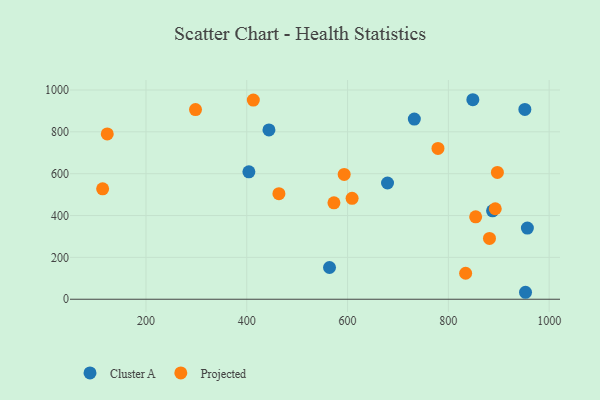
{"axis": {"x": "Experience", "y": "Yield"}, "legend": ["Cluster A", "Projected"], "data": [{"x": "679.3", "y": 555.6, "type": "Cluster A"}, {"x": "848.6", "y": 953.5, "type": "Cluster A"}, {"x": "887.7", "y": 422.7, "type": "Cluster A"}, {"x": "956.8", "y": 340.1, "type": "Cluster A"}, {"x": "732.5", "y": 860.8, "type": "Cluster A"}, {"x": "951.8", "y": 907.0, "type": "Cluster A"}, {"x": "953.1", "y": 33.3, "type": "Cluster A"}, {"x": "444.0", "y": 809.4, "type": "Cluster A"}, {"x": "404.2", "y": 609.0, "type": "Cluster A"}, {"x": "564.2", "y": 151.6, "type": "Cluster A"}, {"x": "413.0", "y": 951.7, "type": "Projected"}, {"x": "779.4", "y": 720.7, "type": "Projected"}, {"x": "897.3", "y": 606.0, "type": "Projected"}, {"x": "893.1", "y": 432.5, "type": "Projected"}, {"x": "854.2", "y": 394.0, "type": "Projected"}, {"x": "123.2", "y": 790.1, "type": "Projected"}, {"x": "609.0", "y": 482.5, "type": "Projected"}, {"x": "298.3", "y": 906.3, "type": "Projected"}, {"x": "573.0", "y": 460.9, "type": "Projected"}, {"x": "114.0", "y": 527.5, "type": "Projected"}, {"x": "463.8", "y": 504.5, "type": "Projected"}, {"x": "593.3", "y": 596.4, "type": "Projected"}, {"x": "881.6", "y": 290.8, "type": "Projected"}, {"x": "834.3", "y": 124.3, "type": "Projected"}]}